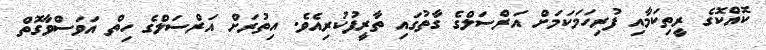
ކޮއްކޮގެ ރީތިކަމާއި ފުރިހަމަކަމަށް އަރްސަލްގެ ގާތުގައި ތާރީފުކުރިއެވެ. އިތުރަށް އަރްސަލްގެ ހިތް އަވަސްވާގޮތް